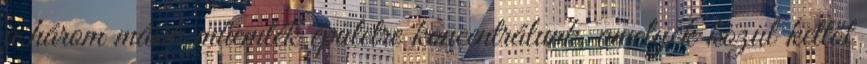
a három másik műemlék épületre koncentrálunk, amelyek közül kettőt